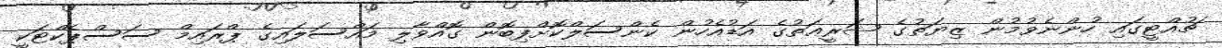
ޗުއްޓީގައި ހުންނެވުމުން ޒިޔަތުގެ ޝަރީޢަތުގެ އަޑުއެހުން ކެންސަލްކޮށްފިބޮން ގޮއްވާލި މައްސަލައިގެ ޕްރައިމް ސަސްޕެކްޓަކީ